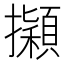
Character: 𢹃